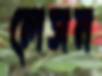
লেসন